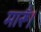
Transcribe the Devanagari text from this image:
मारूँ।